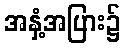
အနှံ့အပြား၌